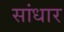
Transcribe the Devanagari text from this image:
सांधार